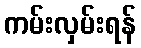
ကမ်းလှမ်းရန်